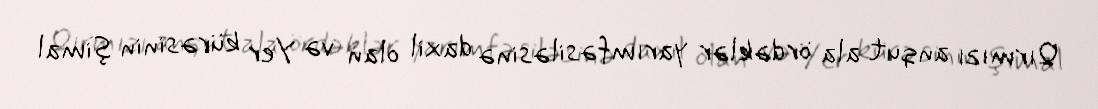
Qırmızı anqut ala ördəklər yarımfəsiləsinə daxil olan və Yer kürəsinin şimal